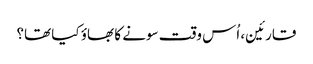
قارئین، اُس وقت سونے کا بھاؤ کیا تھا؟